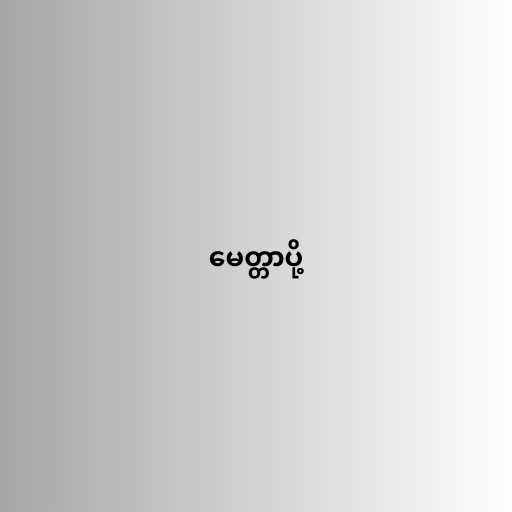
မေတ္တာပို့